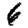
Digit: 6